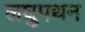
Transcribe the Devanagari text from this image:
लघुपथन